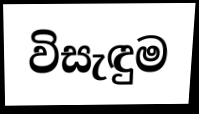
විසැඳුම